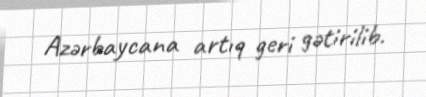
Azərbaycana artıq geri gətirilib.